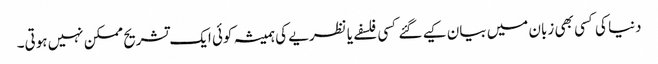
دنیا کی کسی بھی زبان میں بیان کیے گئے کسی فلسفے یا نظریے کی ہمیشہ کوئی ایک تشریح ممکن نہیں ہوتی۔